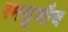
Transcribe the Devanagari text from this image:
श्मश्रुशौच